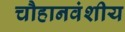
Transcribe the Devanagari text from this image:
चौहानवंशीय